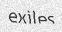
exiles